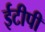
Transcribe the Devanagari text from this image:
ईटीपी